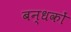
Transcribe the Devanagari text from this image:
बन्धकों